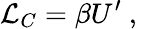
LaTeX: \mathcal{L}_{C}=\beta U^{\prime}\mathrm{~,~}